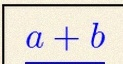
\frac{a+b}{c+d}